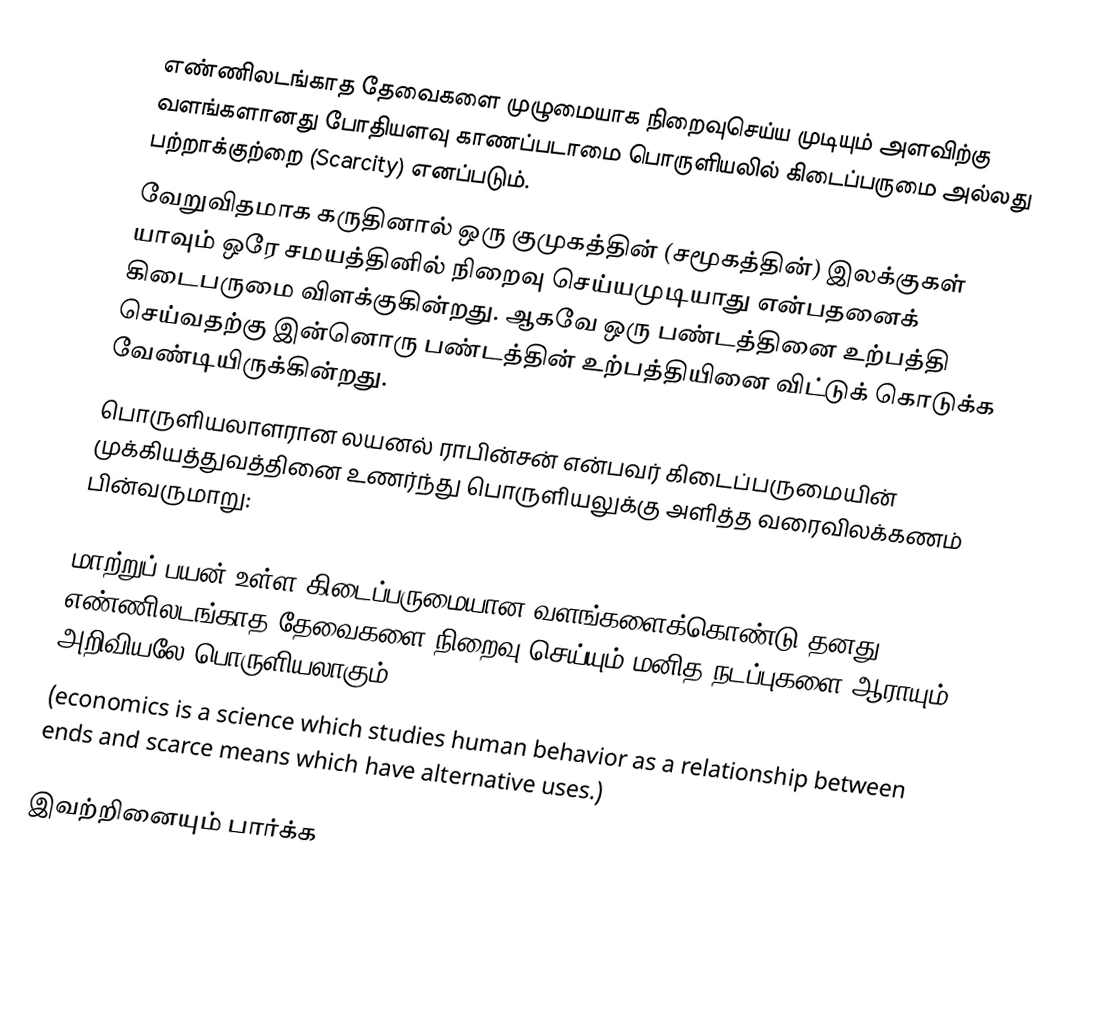
எண்ணிலடங்காத தேவைகளை முழுமையாக நிறைவுசெய்ய முடியும் அளவிற்கு வளங்களானது போதியளவு காணப்படாமை பொருளியலில் கிடைப்பருமை அல்லது பற்றாக்குற்றை (Scarcity) எனப்படும்.
வேறுவிதமாக கருதினால் ஒரு குமுகத்தின் (சமூகத்தின்) இலக்குகள் யாவும் ஒரே சமயத்தினில் நிறைவு செய்யமுடியாது என்பதனைக் கிடைபருமை விளக்குகின்றது. ஆகவே ஒரு பண்டத்தினை உற்பத்தி செய்வதற்கு இன்னொரு பண்டத்தின் உற்பத்தியினை விட்டுக் கொடுக்க வேண்டியிருக்கின்றது.
பொருளியலாளரான லயனல் ராபின்சன் என்பவர் கிடைப்பருமையின் முக்கியத்துவத்தினை உணர்ந்து பொருளியலுக்கு அளித்த வரைவிலக்கணம் பின்வருமாறு:

மாற்றுப் பயன் உள்ள கிடைப்பருமையான வளங்களைக்கொண்டு தனது எண்ணிலடங்காத தேவைகளை நிறைவு செய்யும் மனித நடப்புகளை ஆராயும் அறிவியலே பொருளியலாகும்.
(economics is a science which studies human behavior as a relationship between ends and scarce means which have alternative uses.)

இவற்றினையும் பார்க்க